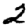
Digit: 2